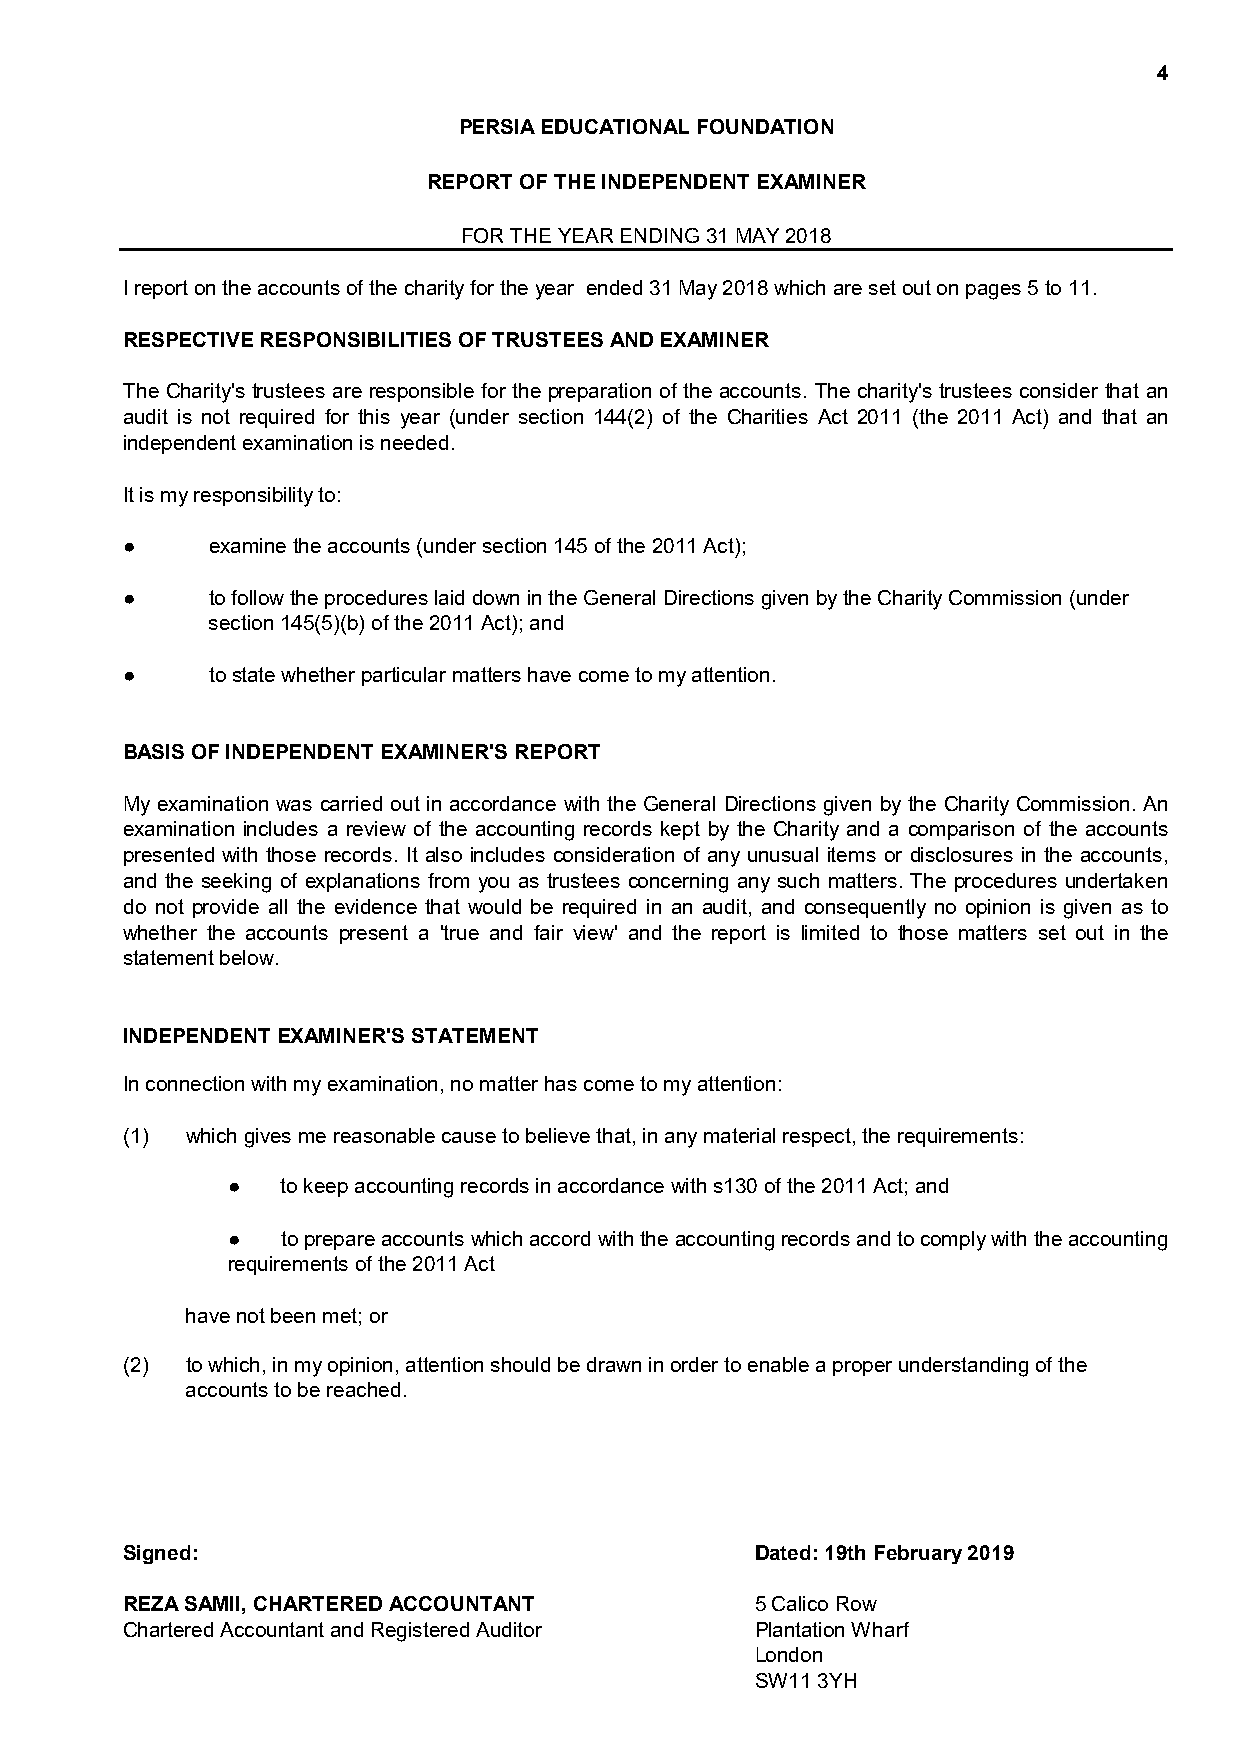
4
 PERSIA EDUCATIONAL FOUNDATION
 REPORT OF THE INDEPENDENT EXAMINER
 FOR THE YEAR ENDING 31 MAY 2018
 I report on the accounts of the charity for the year ended 31 May 2018 which are set out on pages 5 to 11.
 RESPECTIVE RESPONSIBILITIES OF TRUSTEES AND EXAMINER
 The Charity's trustees are responsible for the preparation of the accounts. The charity's trustees consider that an
 audit is not required for this year (under section 144(2) of the Charities Act 2011 (the 2011 Act) and that an
 independent examination is needed.
 It is my responsibility to:
 ●     examine the accounts (under section 145 of the 2011 Act);
 ●     to follow the procedures laid down in the General Directions given by the Charity Commission (under
 section 145(5)(b) of the 2011 Act); and
 ●     to state whether particular matters have come to my attention.
 BASIS OF INDEPENDENT EXAMINER'S REPORT
 My examination was carried out in accordance with the General Directions given by the Charity Commission. An
 examination includes a review of the accounting records kept by the Charity and a comparison of the accounts
 presented with those records. It also includes consideration of any unusual items or disclosures in the accounts,
 and the seeking of explanations from you as trustees concerning any such matters. The procedures undertaken
 do not provide all the evidence that would be required in an audit, and consequently no opinion is given as to
 whether the accounts present a 'true and fair view' and the report is limited to those matters set out in the
 statement below.
 INDEPENDENT EXAMINER'S STATEMENT
 In connection with my examination, no matter has come to my attention:
 (1) which gives me reasonable cause to believe that, in any material respect, the requirements:
 ●   to keep accounting records in accordance with s130 of the 2011 Act; and
 ●   toprepareaccountswhichaccordwiththeaccountingrecordsandtocomplywiththeaccounting
 requirements of the 2011 Act
 have not been met; or
 (2) to which, in my opinion, attention should be drawn in order to enable a proper understanding of the
 accounts to be reached.
 Signed:                                   Dated: 19th February 2019
 REZA SAMII, CHARTERED ACCOUNTANT          5 Calico Row
 Chartered Accountant and Registered Auditor Plantation Wharf
 London
 SW11 3YH